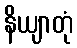
နိယျာတုံ